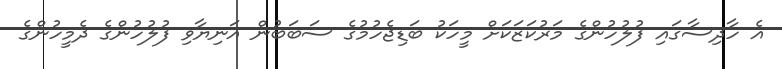
އެ ހާދިސާގައި ފުލުހުންގެ މަރުކަޒަކަށް މީހަކު ބަޑިޖެހުމުގެ ސަބަބުން އަނިޔާވި ފުލުހުންގެ ދެމީހުންގެ